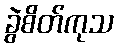
ခွဲစိတ်ကုသ